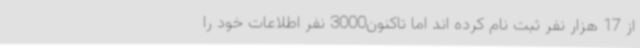
از 17 هزار نفر ثبت نام کرده اند اما تاکنون3000 نفر اطلاعات خود را